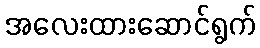
အလေးထားဆောင်ရွက်